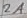
Text: 2A